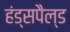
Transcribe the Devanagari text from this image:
हंड्सपैल्ड